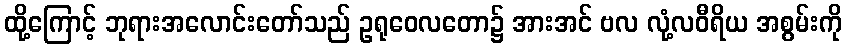
ထို့ကြောင့် ဘုရားအလောင်းတော်သည် ဥရုဝေလတော၌ အားအင် ဗလ လုံ့လဝီရိယ အစွမ်းကို